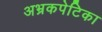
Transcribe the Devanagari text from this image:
अभ्रकपेटिका